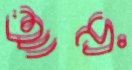
আড়